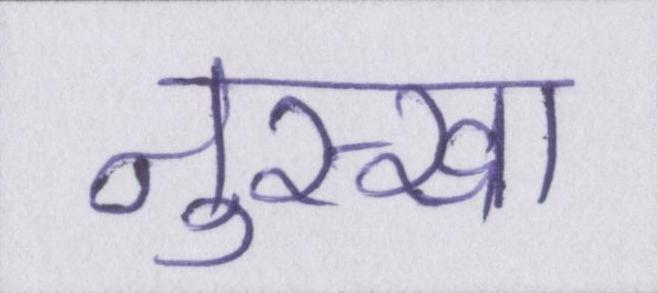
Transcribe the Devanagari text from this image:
नुस्खा